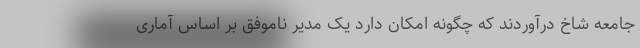
جامعه شاخ درآوردند که چگونه امکان دارد یک مدیر ناموفق بر اساس آماری